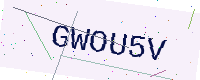
Text: GWOU5V